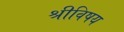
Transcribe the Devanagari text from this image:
श्रीविषय